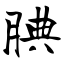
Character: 腆